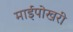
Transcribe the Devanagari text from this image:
माईपोखरी